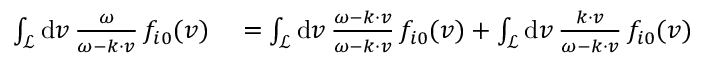
\begin{array} { r l } { \int _ { \mathcal { L } } \mathrm { d } \boldsymbol { v } \, \frac { \omega } { \omega - \boldsymbol { k } \cdot \boldsymbol { v } } \, f _ { i 0 } ( \boldsymbol { v } ) } & { { } = \int _ { \mathcal { L } } \mathrm { d } \boldsymbol { v } \, \frac { \omega - \boldsymbol { k } \cdot \boldsymbol { v } } { \omega - \boldsymbol { k } \cdot \boldsymbol { v } } \, f _ { i 0 } ( \boldsymbol { v } ) + \int _ { \mathcal { L } } \mathrm { d } \boldsymbol { v } \, \frac { \boldsymbol { k } \cdot \boldsymbol { v } } { \omega - \boldsymbol { k } \cdot \boldsymbol { v } } \, f _ { i 0 } ( \boldsymbol { v } ) } \end{array}